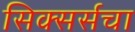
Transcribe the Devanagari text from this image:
सिक्सर्सचा